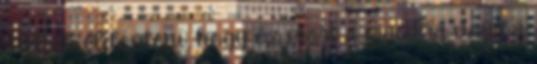
tudtuk eldönteni, hogy ez most a macikra vagy a